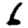
Digit: 6